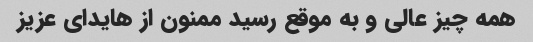
همه چیز عالی و به موقع رسید ممنون از هایدای عزیز